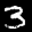
Label: 3